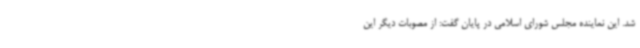
شد. این نماینده مجلس شورای اسلامی در پایان گفت: از مصوبات دیگر این